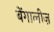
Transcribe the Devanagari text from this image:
बेंगालीज़